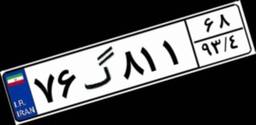
۷۶گ۸۱۱۶۸